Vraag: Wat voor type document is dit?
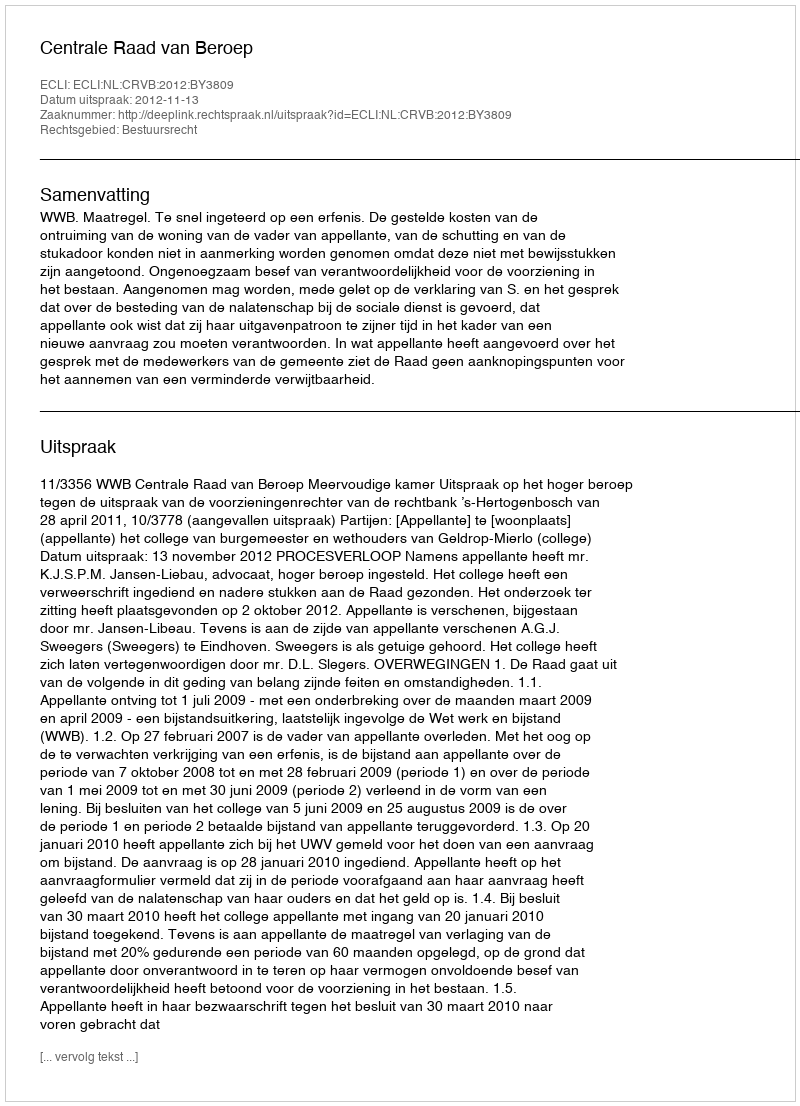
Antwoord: Uitspraak